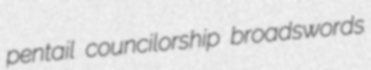
pentail councilorship broadswords